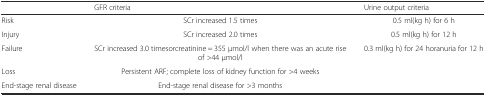
<table><thead><tr><td></td><td><b>GFR criteria</b></td><td><b>Urine output criteria</b></td></tr></thead><tbody><tr><td>Risk</td><td>SCr increased 1.5 times</td><td>0.5 ml(kg h) for 6 h</td></tr><tr><td>Injury</td><td>SCr increased 2.0 times</td><td>0.5 ml(kg h) for 12 h</td></tr><tr><td>Failure</td><td>SCr increased 3.0 timesorcreatinine = 355 μmol/l when there was an acute rise of &gt;44 μmol/l</td><td>0.3 ml(kg h) for 24 horanuria for 12 h</td></tr><tr><td>Loss</td><td>Persistent ARF; complete loss of kidney function for &gt;4 weeks</td><td></td></tr><tr><td>End-stage renal disease</td><td>End-stage renal disease for &gt;3 months</td><td></td></tr></tbody></table>